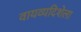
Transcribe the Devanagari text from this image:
वायव्यदिशेला